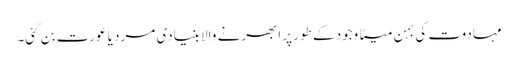
مہادوت کی بہن میٹا وجود کے طور پر ابھرنے والا بنیادی مرد یا عورت بن گئی۔